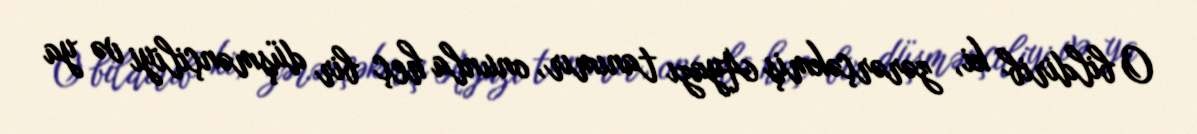
O bildirib ki, zərərçəkmiş Ayazı tanımır, onunla heç bir düşmənçiliyi və ya